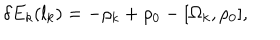
\delta E _ { k } ( l _ { k } ) = - \rho _ { k } + \rho _ { 0 } - [ \Omega _ { k } , \rho _ { 0 } ] ,